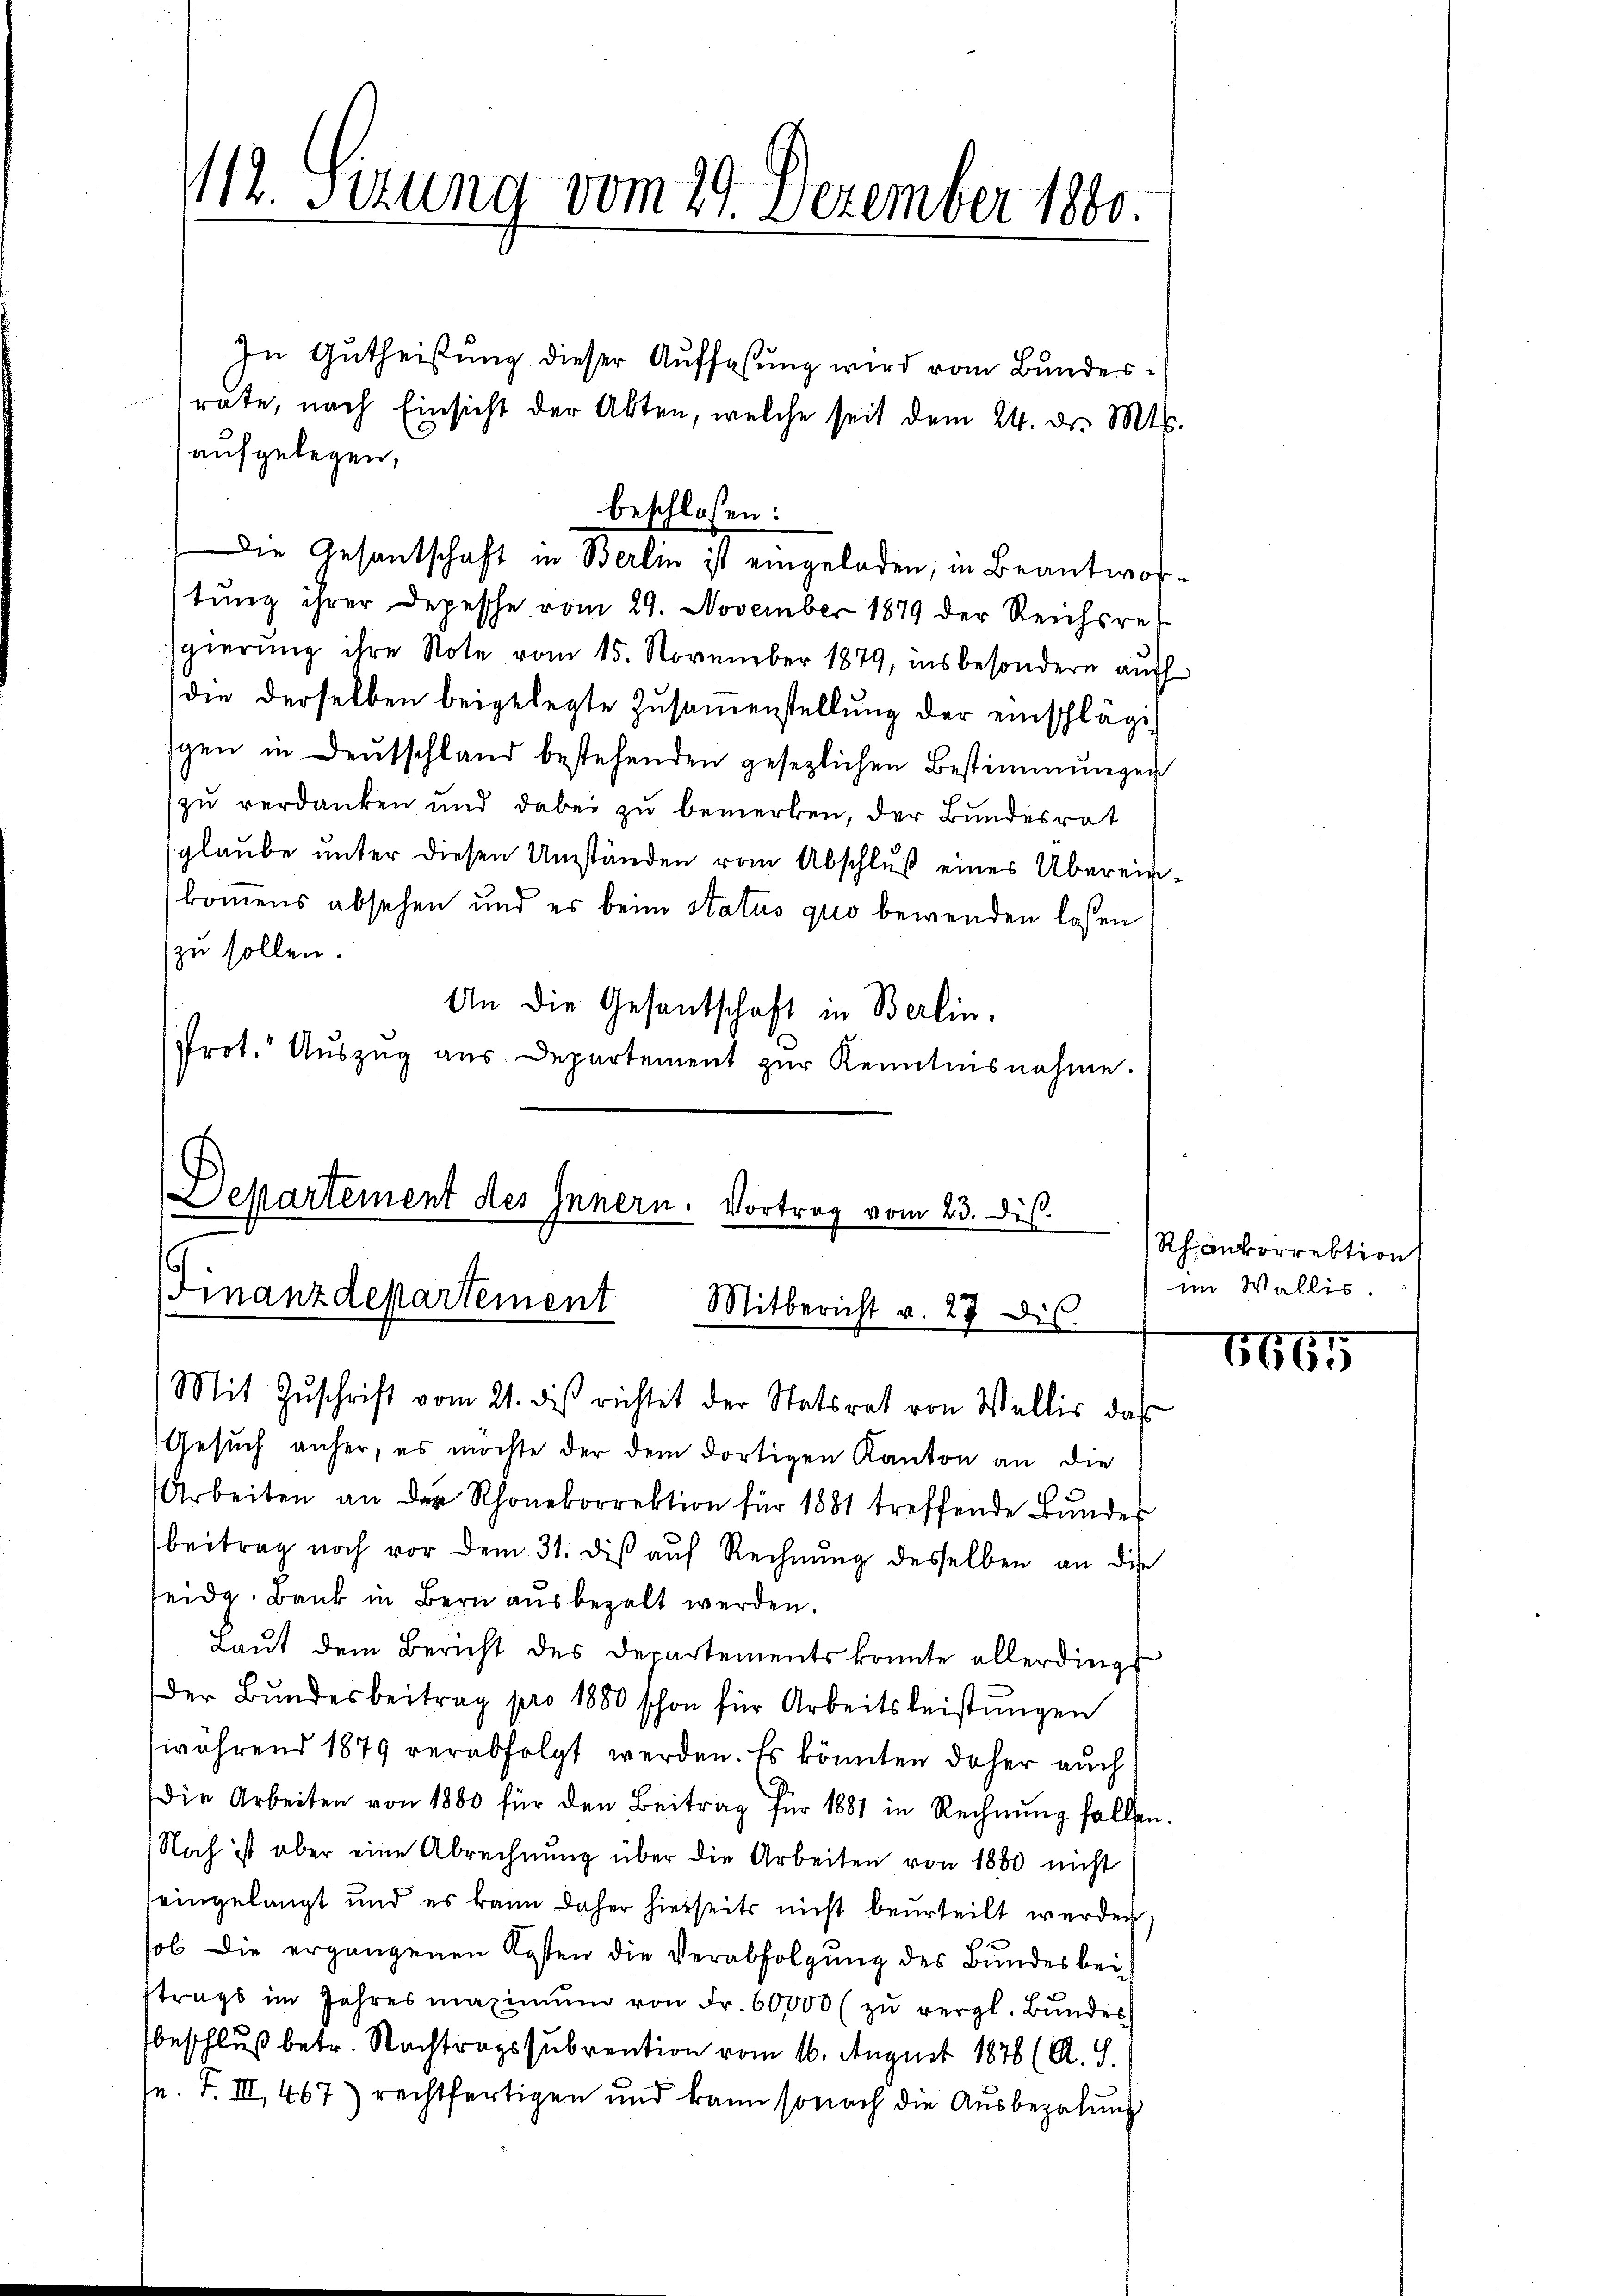
/12. Sizung vom 29. Dezember 1800

In Gutheißung dieser Auffassung wird vom Bundesrate, nach Einsicht der Akten, welche seit dem 24. dr. Mts.
aufgelegen,
tung ihrer Depesche vom 29. November 1879 der Reichsret-
sgierung ihre Note vom 15. November 1879, insbesondern auch
die derselben beigelegte Zusammenstellung der einschläge
gen in Deutschland bestehenden gesezlichen Bestimmungen
zu verdanken und dabei zu bemerken, der Bundesrat
sglaube unter diesen Umständen vom Abschluß eines Übereinkommens absehen und es beim Status quo bewenden lassen
zu sollen.
An die Gesantschaft in Berlin.
Prot. Aŭszŭg aŭs Departement zŭr Kenntnisnahme.

beschlossen:
Die Gesantschaft in Berlin ist eingeladen, in Beantwor¬

Departement des Innern. Vortrag vom 23. dis.
Finanzdepartement Mitbericht v. 27 dis

Mit Zŭschrift vom 21. des richtet der Statsrat von Wallis, das
Gesuch anher, es möchte der dem dortigen Kanton an die
Arbeiten an der Rhonekorrektion für 1881 treffende Bŭndes
beitrag noch vor dem 31. dis aŭf Rechnŭng desselben an die
eidg. Bank in Bern ausbezalt werden.
Laut dem Bericht des Departements konnte allerdings
der Bundesbeitrag pro 1880 schon für Arbeitsleistungen
während 1879 verabfolgt werden. Es könnten daher auch
Die Arbeiten von 1800 für den Beitrag für 1881 in Rechnŭng fallen.
Noch ist aber eine Abrechnŭng über die Arbeiten von 1800 nicht
eingelangt und es kann daher hierseits nicht beurteilt werden
sol die ergangenen Kosten die Verabfolgung des Bundes bei
strags im Jahres maximŭm von Fr. 60,000 zŭ vergl. Bŭndes
beschluß betr. Nachtragssubvention vom 16. August 1876 (A. S.
sn. F. III 467) rechtfertigen und kann sonach die Ausbezalung

Rhinkorrektion
im Wallis.

8665